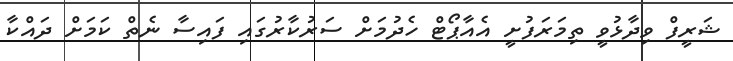
ޝަރީފް ވިދާޅުވީ ތިމަރަފުށީ އެއާޕޯޓް ހެދުމަށް ސަރުކާރުގައި ފައިސާ ނެތް ކަމަށް ދައްކާ